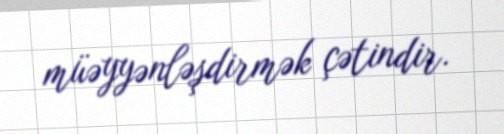
müəyyənləşdirmək çətindir.